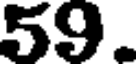
59.